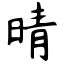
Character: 晴